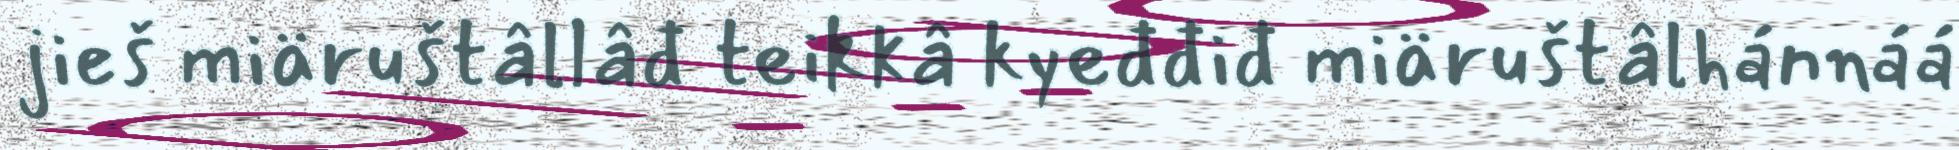
jieš miäruštâllâđ teikkâ kyeđđiđ miäruštâlhánnáá